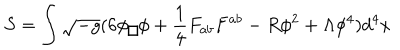
LaTeX: S = \int \sqrt { - g } ( 6 \phi \fbox { } \phi + \frac { 1 } { 4 } F _ { a b } F ^ { a b } - R \phi ^ { 2 } + \Lambda \phi ^ { 4 } ) d ^ { 4 } x